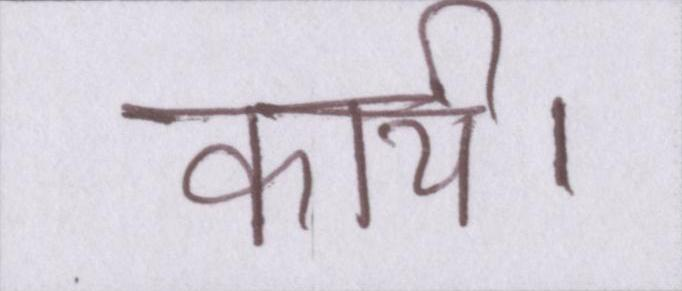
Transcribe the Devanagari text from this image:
कार्य।